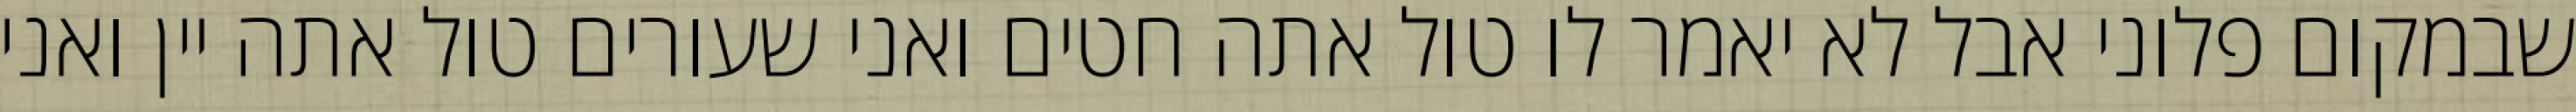
שבמקום פלוני אבל לא יאמר לו טול אתה חטים ואני שעורים טול אתה יין ואני